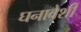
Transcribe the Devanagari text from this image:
घनावेशी